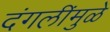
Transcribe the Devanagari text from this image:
दंगलींमुळे